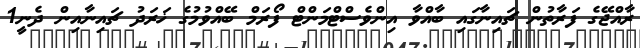
ރާއްޖޭގެ ފަރާތުން ޗައިނާގައި ބާއްވާ އިންވެސްޓްމަންޓް ފޯރަމް ބޭއްވުމުގެ ޚަރަދު ޗައިނާއިން ދެނީ1